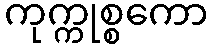
ကုက္ကုစ္စကော